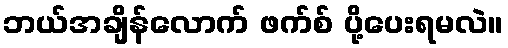
ဘယ်အချိန်လောက် ဖက်စ် ပို့ပေးရမလဲ။